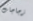
زجاجات